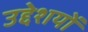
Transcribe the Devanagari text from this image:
उद्देशयों